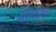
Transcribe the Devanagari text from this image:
प्रेरणाच